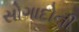
સોગાદોની